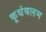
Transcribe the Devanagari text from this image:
कूथंबलम